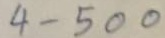
4 - 500